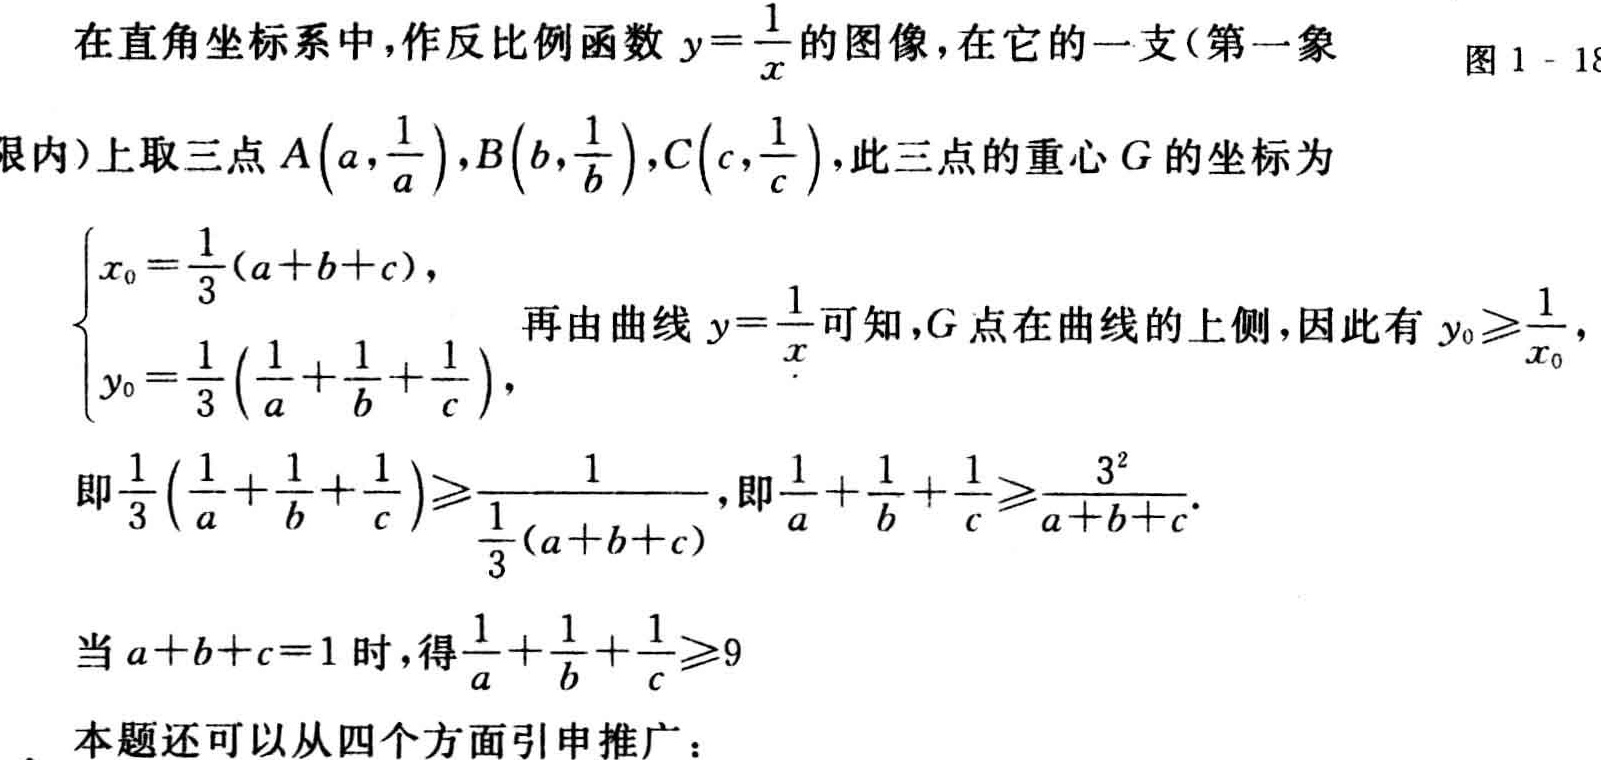
在直角坐标系中，作反比例函数 \(y = \frac{1}{x}\) 的图像，在它的一支（第一象

图1 - 18

限内）上取三点 \(A\left(a,\frac{1}{a}\right),B\left(b,\frac{1}{b}\right),C\left(c,\frac{1}{c}\right)\)，此三点的重心 \(G\) 的坐标为

\[\begin{cases}

x_0=\frac{1}{3}(a + b + c),\\

y_0=\frac{1}{3}\left(\frac{1}{a}+\frac{1}{b}+\frac{1}{c}\right),

\end{cases}\]

再由曲线 \(y = \frac{1}{x}\) 可知，\(G\) 点在曲线的上侧，因此有 \(y_0\geqslant\frac{1}{x_0}\)，

即 \(\frac{1}{3}\left(\frac{1}{a}+\frac{1}{b}+\frac{1}{c}\right)\geqslant\frac{1}{\frac{1}{3}(a + b + c)}\)，即 \(\frac{1}{a}+\frac{1}{b}+\frac{1}{c}\geqslant\frac{3^2}{a + b + c}\)。

当 \(a + b + c = 1\) 时，得 \(\frac{1}{a}+\frac{1}{b}+\frac{1}{c}\geqslant9\)

本题还可以从四个方面引申推广：